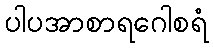
ပါပအာစာရဂေါစရံ